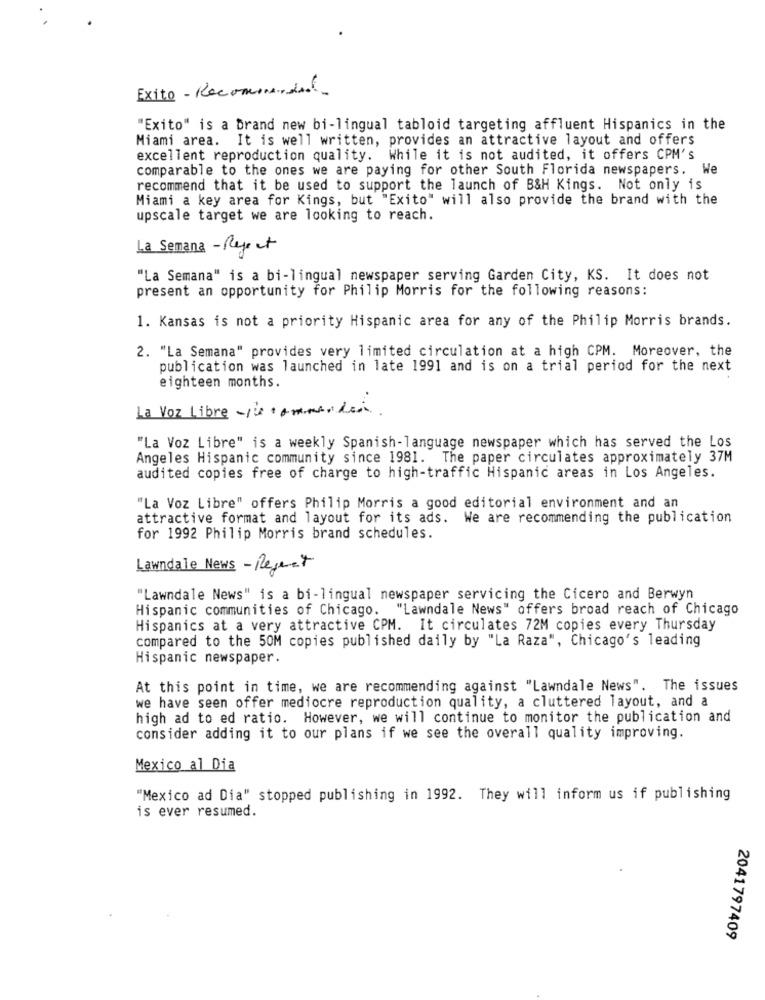
Exito - Recommended
"Exito" is a brand new bi-lingual tabloid targeting affluent Hispanics in the
Miami area. It is well written, provides an attractive layout and offers
excellent reproduction quality. While it is not audited, it offers CPM's
comparable to the ones we are paying for other South Florida newspapers. We
recommend that it be used to support the launch of B&H Kings. Not only is
Miami a key area for Kings, but "Exito" will also provide the brand with the
upscale target we are looking to reach.
La Semana - Reject
"La Semana" is a bi-lingual newspaper serving Garden City, KS. It does not
present an opportunity for Philip Morris for the following reasons:
1. Kansas is not a priority Hispanic area for any of the Philip Morris brands.
2. "La Semana" provides very limited circulation at a high CPM. Moreover, the
publication was launched in late 1991 and is on a trial period for the next
eighteen months.
La Voz Libre -/ + ammande.
"La Voz Libre" is a weekly Spanish-language newspaper which has served the Los
Angeles Hispanic community since 1981. The paper circulates approximately 37M
audited copies free of charge to high-traffic Hispanic areas in Los Angeles.
"La Voz Libre" offers Philip Morris a good editorial environment and an
attractive format and layout for its ads. We are recommending the publication
for 1992 Philip Morris brand schedules.
Lawndale News - Reject
"Lawndale News" is a bi-lingual newspaper servicing the Cicero and Berwyn
Hispanic communities of Chicago. "Lawndale News" offers broad reach of Chicago
Hispanics at a very attractive CPM. It circulates 72M copies every Thursday
compared to the 50M copies published daily by "La Raza", Chicago's leading
Hispanic newspaper.
At this point in time, we are recommending against "Lawndale News". The issues
we have seen offer mediocre reproduction quality, a cluttered layout, and a
high ad to ed ratio. However, we will continue to monitor the publication and
consider adding it to our plans if we see the overall quality improving.
Mexico al Dia
"Mexico ad Dia" stopped publishing in 1992. They will inform us if publishing
is ever resumed.
2041797409